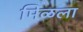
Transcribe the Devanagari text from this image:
मिळला